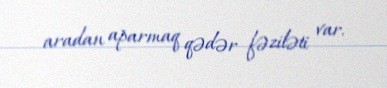
aradan aparmaq qədər fəziləti var.